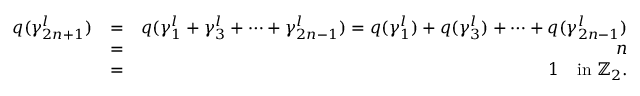
\begin{array} { r l r } { q ( \gamma _ { 2 n + 1 } ^ { l } ) } & { = } & { q ( \gamma _ { 1 } ^ { l } + \gamma _ { 3 } ^ { l } + \cdots + \gamma _ { 2 n - 1 } ^ { l } ) = q ( \gamma _ { 1 } ^ { l } ) + q ( \gamma _ { 3 } ^ { l } ) + \cdots + q ( \gamma _ { 2 n - 1 } ^ { l } ) } \\ & { = } & { n } \\ & { = } & { 1 \quad \mathrm { i n ~ } \mathbb { Z } _ { 2 } . } \end{array}